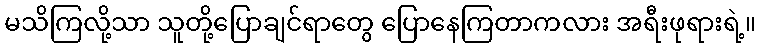
မသိကြလို့သာ သူတို့ပြောချင်ရာတွေ ပြောနေကြတာကလား အရီးဖုရားရဲ့။